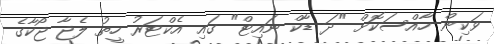
ވަކިން ހާއްސަކޮށް "ދަ ޑާކް ނައިޓް" ގައި އެކްޓަރު ހީތު ލެޖާ ޖޯކާގެ